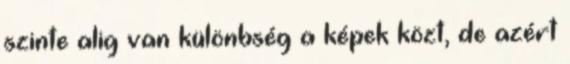
szinte alig van különbség a képek közt, de azért